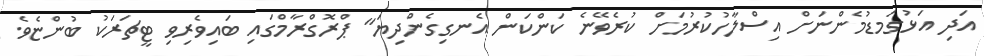
އަދި އަޅުގަމޑުމެންނަށް އިސްލާހުކުރުމަށް ކުރެވޭނެ ކަންކަން އެނގިގެންދިޔަ" ޕްރޮގްރާމްގައި ބައިވެރިވި ޓީޗަރަކު ބުންޏެވެ.